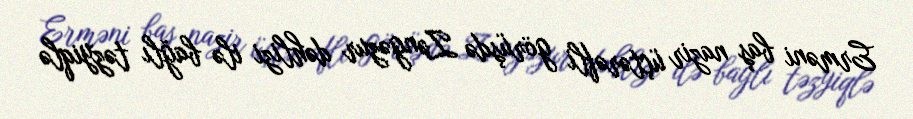
Erməni baş nazir üçtərəfli görüşdə Zəngəzur dəhlizi ilə bağlı təzyiqlə